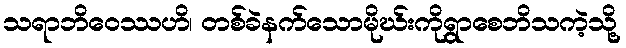
သရာဘိဝေဿဟိ၊ တစ်ခဲနက်သောမိုဃ်းကိုရွာစေဘိသကဲ့သို့